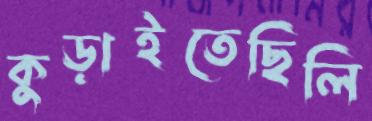
কুড়াইতেছিলি